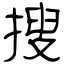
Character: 搜